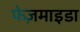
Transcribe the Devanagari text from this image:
फेज़माइडा